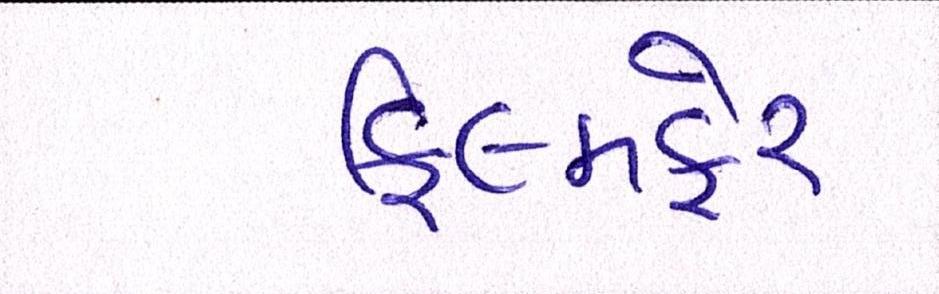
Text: ફિલ્મફેર